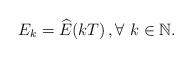
\begin{align*}E_k=\widehat{E}(kT) \,, \forall \ k \in \mathbb{N}.\end{align*}